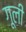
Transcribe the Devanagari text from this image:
गूली